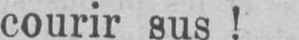
courir sus!